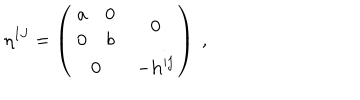
\eta ^ { I J } = \left( \begin{matrix} { { { \begin{matrix} { { a } } & { { 0 } } \\ { { 0 } } & { { b } } \\ \end{matrix} } } } & { { { { \bf 0 } } } } \\ { { { { \bf 0 } } } } & { { - { \bf h } ^ { i j } } } \\ \end{matrix} \right) \ ,